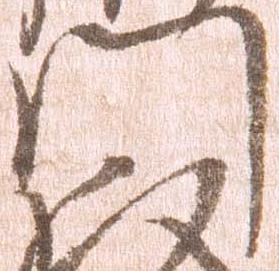
門